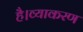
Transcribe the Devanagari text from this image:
है।व्याकरण